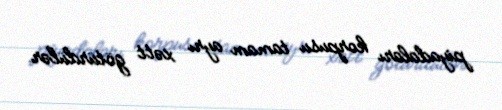
piyadaları korpusu tamam ayrı xətt götürdülər.